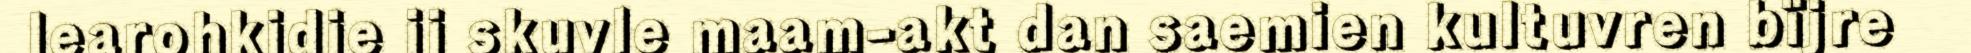
learohkidie ij skuvle maam-akt dan saemien kultuvren bïjre